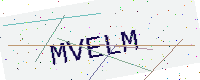
Text: MVELM